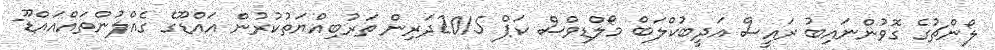
ލޯންޗުގެ ގޮވުންނައިބު ރައީސް އަދީބުކްލަބް މޯލްޑިވްސް ކަޕް 2015ދަރިން ތަރުބިއްޔަތުކުރުން އައްޑޫގެ ގެއްލުންތައްއައްޑޫ-